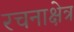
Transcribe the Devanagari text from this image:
रचनाक्षेत्र